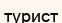
турист